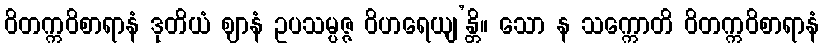
ဝိတက္ကဝိစာရာနံ ဒုတိယံ ဈာနံ ဥပသမ္ပဇ္ဇ ဝိဟရေယျ’န္တိ။ သော န သက္ကောတိ ဝိတက္ကဝိစာရာနံ